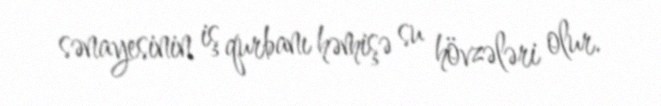
sənayesinin iş qurbanı həmişə su hövzələri olur.